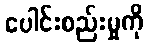
ပေါင်းစည်းမှုကို